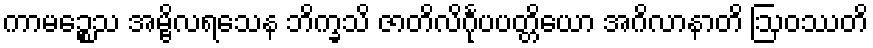
ကာမဉ္စေသ အမ္ဗိလရသေန ဘိက္ခသိ ဇာတိလိင်္ဂုပပတ္တိယော အဂိလာနာတိ ဩဝဿတိ